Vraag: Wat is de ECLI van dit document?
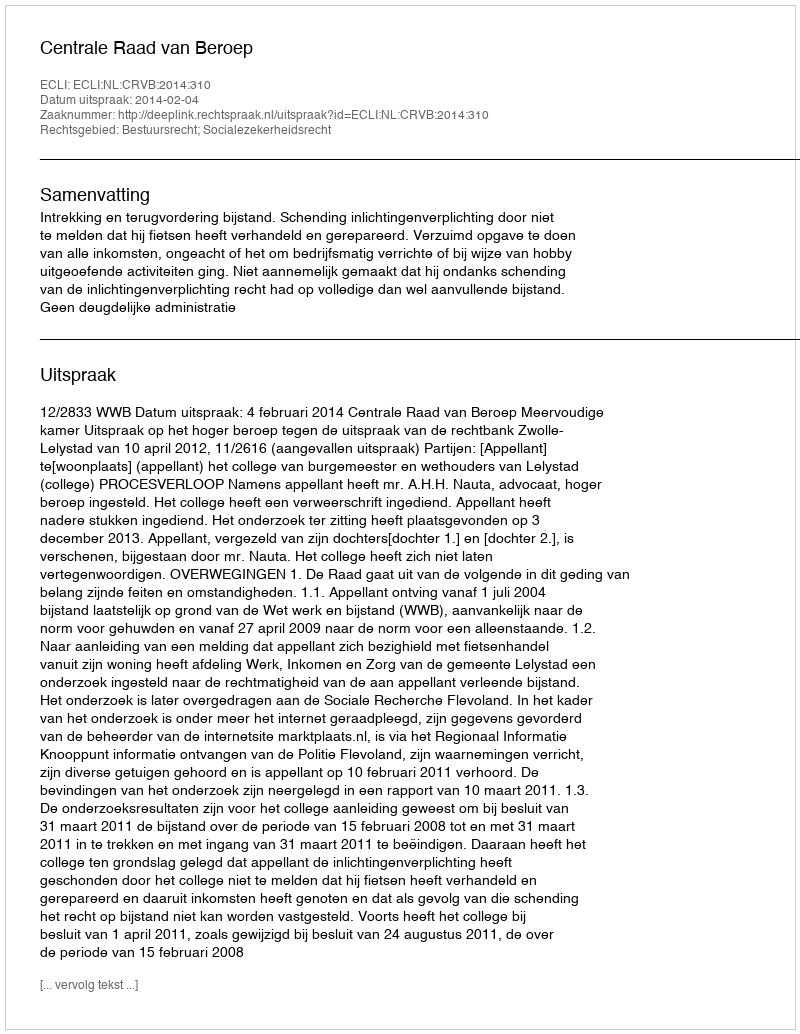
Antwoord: ECLI:NL:CRVB:2014:310